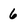
Character: 6